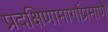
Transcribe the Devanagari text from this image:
प्रदक्षिणामार्गाप्रमाणे